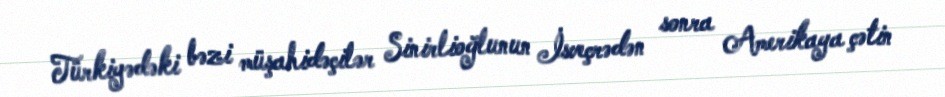
Türkiyədəki bəzi müşahidəçilər Sinirlioğlunun İsveçrədən sonra Amerikaya çətin